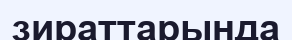
зираттарында